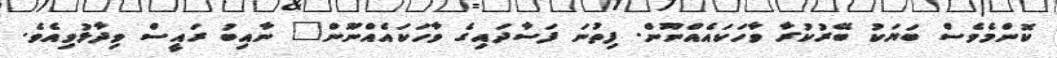
ކޮންމެވެސް ބަޔަކު ބޭރުކުރާ ވާހަކައެއްނޫން. ފިތުނަ ފަސާދައިގެ ވާހަކައެއްނޫން" ނާއިބު ރައީސް ވިދާޅުވިއެވެ.